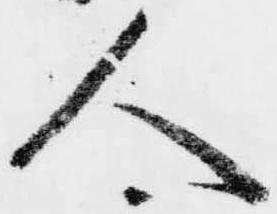
人